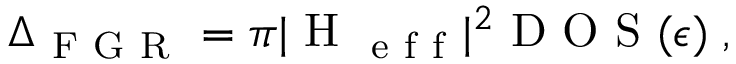
\Delta _ { \mathrm { ~ F ~ G ~ R ~ } } = \pi | \mathrm { ~ H ~ } _ { \mathrm { ~ e ~ f ~ f ~ } } | ^ { 2 } \mathrm { ~ D ~ O ~ S ~ } ( \epsilon ) \; ,